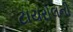
ટાયરોલની